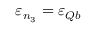
\varepsilon _ { n _ { 3 } } = \varepsilon _ { Q b }